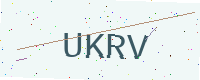
Text: UKRV